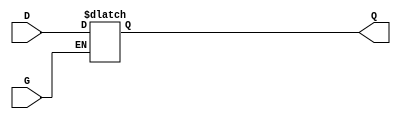
module gated_latch (
    input wire D,      // Data input
    input wire G,      // Gate (enable) signal
    output reg Q       // Output signal
);

// Always block to model the behavior of the gated latch
always @(*) begin
    if (G) begin
        Q = D;        // When G is high, Q follows D
    end
    // When G is low, Q retains its previous value (opaque state)
end

endmodule